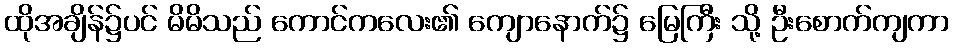
ထိုအချိန်၌ပင် မိမိသည် ကောင်ကလေး၏ ကျောနောက်၌ မြေကြီး သို့ ဦးစောက်ကျကာ